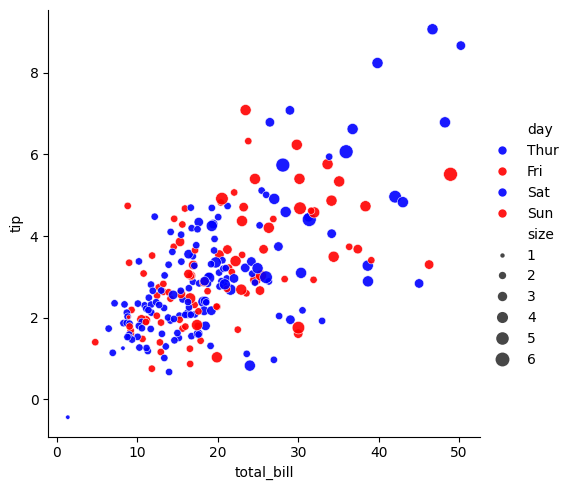
python, seaborn, relplot, alpha=0.9